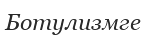
Ботулизмге